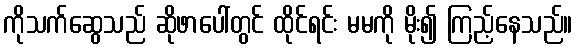
ကိုသက်ဆွေသည် ဆိုဖာပေါ်တွင် ထိုင်ရင်း မမကို မိုး၍ ကြည့်နေသည်။